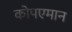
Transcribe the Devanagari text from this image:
कोपएमान